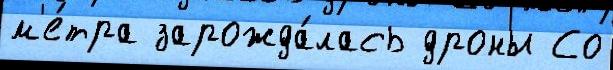
м'е́тра зарожда́лась дроны Со